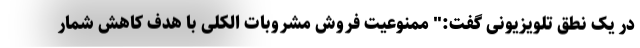
در یک نطق تلویزیونی گفت:" ممنوعیت فروش مشروبات الکلی با هدف کاهش شمار